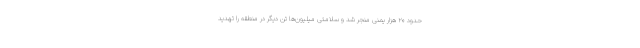
حدود ۲۰ هزار یمنی منجر شد و سلامتی میلیون‌ها تن دیگر در منطقه را تهدید